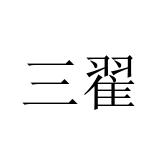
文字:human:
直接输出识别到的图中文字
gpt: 三翟